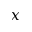
x